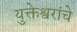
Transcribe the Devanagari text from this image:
युक्तेश्वरांचे